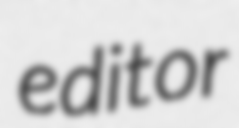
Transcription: editor